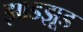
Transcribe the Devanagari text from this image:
झाडझूड